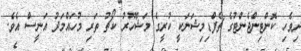
ދިވެހި ކޮންޓިންޖެންޓުގެ ޗެފްޑިމިޝަނަކީ ކުރީގެ މަޝްހޫރު ކޯޗު ތަރި މުހައްމަދު އަނީސް އެވެ.